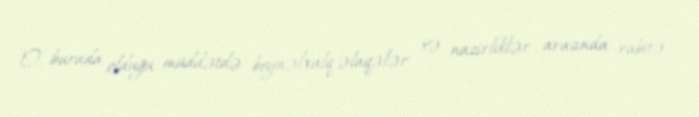
O, burada olduğu müddətdə beynəlxalq əlaqələr və nazirliklər arasında rabitə